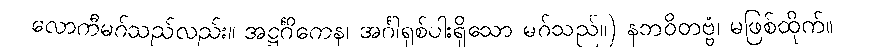
လောကီမဂ်သည်လည်း။ အဋ္ဌင်္ဂိကေန၊ အင်္ဂါရှစ်ပါးရှိသော မဂ်သည်။) နဘဝိတဗ္ဗံ၊ မဖြစ်ထိုက်။